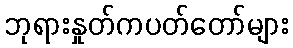
ဘုရားနှုတ်ကပတ်တော်များ